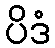
ပိဒံ